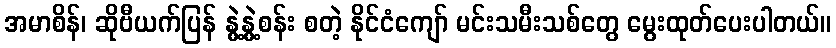
အမာစိန်၊ ဆိုဗီယက်ပြန် နွဲ့နွဲ့စန်း စတဲ့ နိုင်ငံကျော် မင်းသမီးသစ်တွေ မွေးထုတ်ပေးပါတယ်။